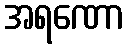
အရဏော